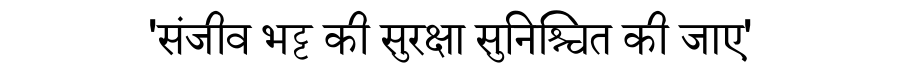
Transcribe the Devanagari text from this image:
'संजीव भट्ट की सुरक्षा सुनिश्चित की जाए'